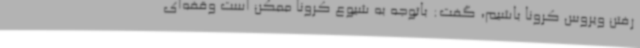
رفتن ویروس کرونا باشیم، گفت: باتوجه به شیوع کرونا ممکن است وقفه‌ای